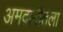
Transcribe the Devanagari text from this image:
अमदानीतला